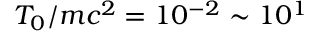
T _ { 0 } / m c ^ { 2 } = 1 0 ^ { - 2 } \sim 1 0 ^ { 1 }